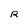
Character: R